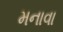
મનાવા